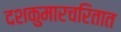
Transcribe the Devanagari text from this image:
दशकुमारचरितात